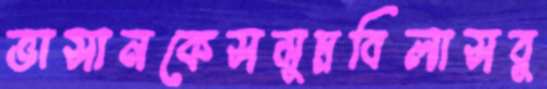
ভাসানকেসমুদ্রবিলাসবু